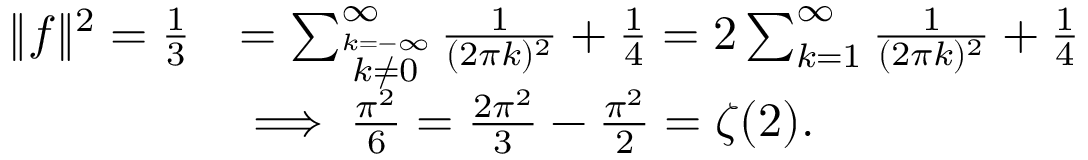
{ \begin{array} { r l } { \| f \| ^ { 2 } = { \frac { 1 } { 3 } } } & { = \sum _ { \stackrel { k = - \infty } { k \neq 0 } } ^ { \infty } { \frac { 1 } { ( 2 \pi k ) ^ { 2 } } } + { \frac { 1 } { 4 } } = 2 \sum _ { k = 1 } ^ { \infty } { \frac { 1 } { ( 2 \pi k ) ^ { 2 } } } + { \frac { 1 } { 4 } } } \\ & { \implies { \frac { \pi ^ { 2 } } { 6 } } = { \frac { 2 \pi ^ { 2 } } { 3 } } - { \frac { \pi ^ { 2 } } { 2 } } = \zeta ( 2 ) . } \end{array} }